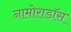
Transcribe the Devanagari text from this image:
नामोराडॉस